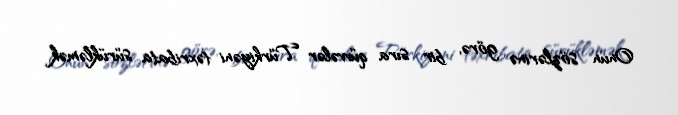
Onun sözlərinə görə, bir sıra qüvvələr Türkiyəni təxribata sürükləmək